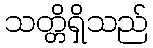
သတ္တိရှိသည်